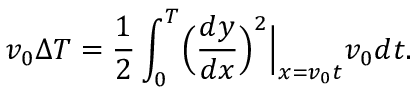
v _ { 0 } \Delta T = \frac { 1 } { 2 } \int _ { 0 } ^ { T } \Bigl ( \frac { d y } { d x } \Bigr ) ^ { 2 } \Bigl | _ { x = v _ { 0 } t } v _ { 0 } d t .